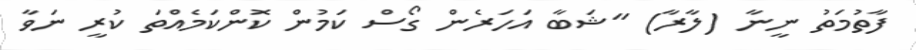
ފާތުމަތު ނީނާ (ލާރާ) "ޝަބާ އަހަރެން ގޯސް ކަމުން ކޮންކަމެއްތަ ކުރީ ނަވާ